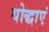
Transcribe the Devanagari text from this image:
योद्धाएं